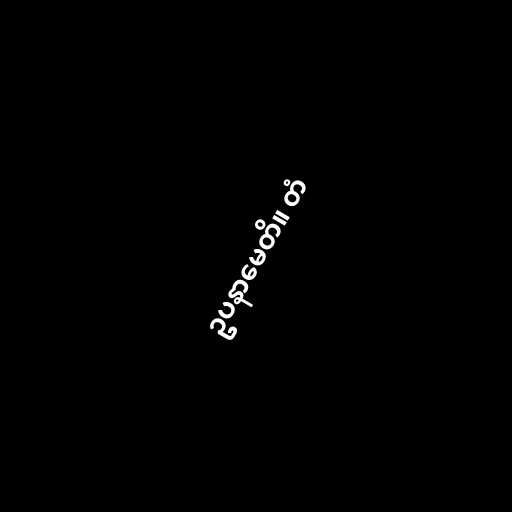
ဥပနာမေတိ။ တံ